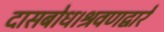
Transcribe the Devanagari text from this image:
दासबोध।श्रवणद्वारें